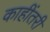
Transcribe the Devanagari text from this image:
काहींतरी